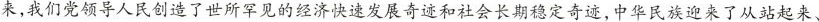
来，我们党领导人民创造了世所罕见的经济快速发展奇迹和社会长期稳定奇迹，中华民族迎来了从站起来、